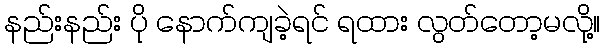
နည်းနည်း ပို နောက်ကျခဲ့ရင် ရထား လွတ်တော့မလို့။